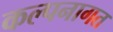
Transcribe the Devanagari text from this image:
कल्पनागत